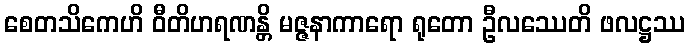
စေတသိကေဟိ ဝီတိဟရဏန္တိ မဇ္ဇနာကာရော ရုတော ဦလဿေတိ ဖလဋ္ဌဿ